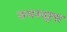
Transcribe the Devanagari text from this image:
रामस्वरूपा